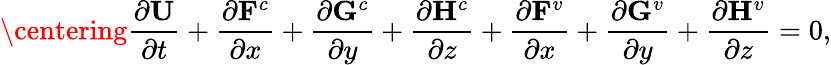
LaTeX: \centering\frac{\partial\mathbf{U}}{\partial t}+\frac{\partial\mathbf{F}^{c}}{\partial x}+\frac{\partial\mathbf{G}^{c}}{\partial y}+\frac{\partial\mathbf{H}^{c}}{\partial z}+\frac{\partial\mathbf{F}^{v}}{\partial x}+\frac{\partial\mathbf{G}^{v}}{\partial y}+\frac{\partial\mathbf{H}^{v}}{\partial z}=0,